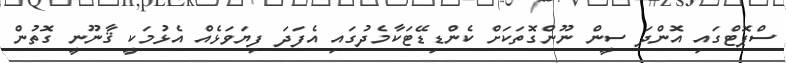
ސްޕޮޓްގައި އޮންދަ ސީން ނޫންގޮތަކަށް ކެންޑިޑޭޓަކާމެދުގައި އެފަދަ ފިޔަވަޅެއް އެޅުމަކީ ޤާނޫނީ ގޮތުން